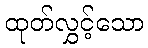
ထုတ်လွှင့်သော